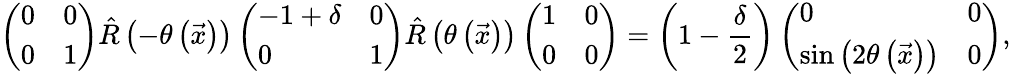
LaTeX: \left(\begin{array}{ll}{0}&{0}\\ {0}&{1}\end{array}\right)\hat{R}\left(-\theta\left(\vec{x}\right)\right)\left(\begin{array}{ll}{-1+\delta}&{0}\\ {0}&{1}\end{array}\right)\hat{R}\left(\theta\left(\vec{x}\right)\right)\left(\begin{array}{ll}{1}&{0}\\ {0}&{0}\end{array}\right)=\left(1-\frac{\delta}{2}\right)\left(\begin{array}{ll}{0}&{0}\\ {\sin{\left(2\theta\left(\vec{x}\right)\right)}}&{0}\end{array}\right),